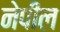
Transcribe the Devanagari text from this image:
नेपील